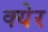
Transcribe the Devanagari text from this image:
क्येर